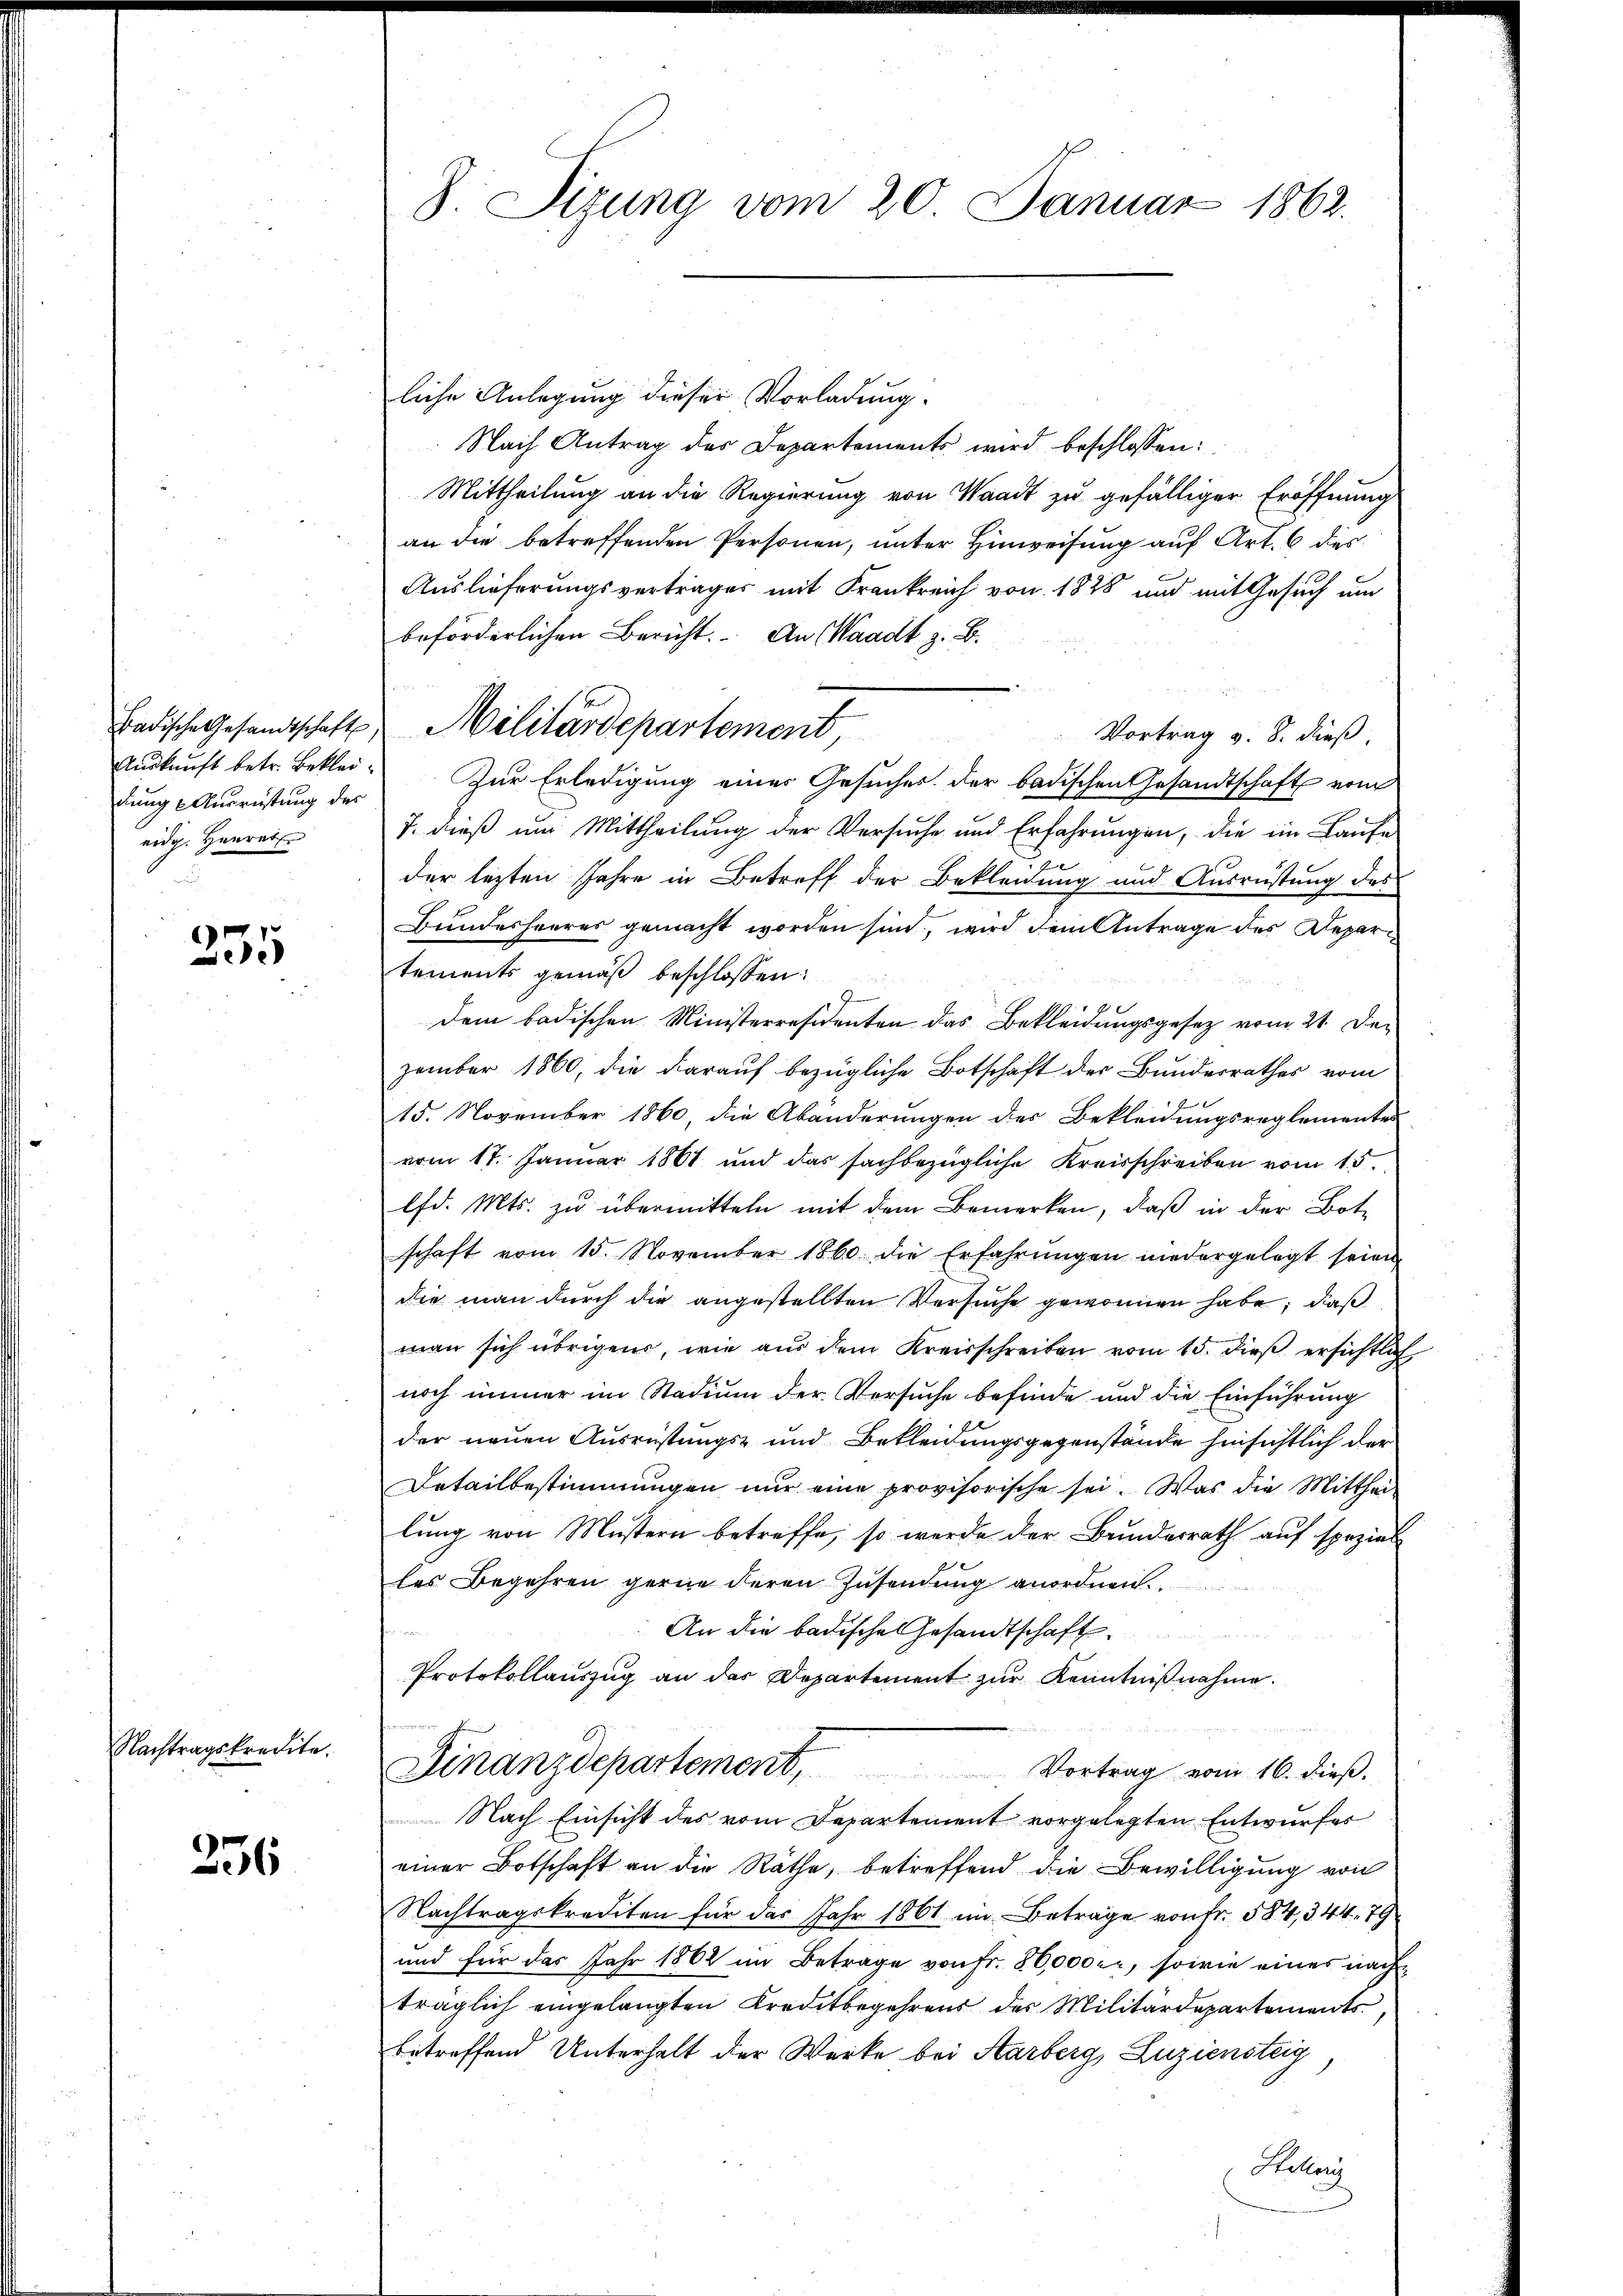
Badische Gesandtschaft.
dung Ausrüstung der
eidg. Heurat
.

355

Nachtragskredite.

356

8 Sizung vom 20. Januar 1862.

liche Anlegung dieser Vorladung.
Nach Antrag des Departements wird beschlossen:
Mittheilung an die Regierung von Waadt zu gefälliger Eröffnung
an die betreffenden Personen, unter Hinweisung auf Art. 6 des
Auslieferungsvertrages mit Frankreich von 1828 und mit Gesuch um
beförderlichen Bericht. An Waadt z. B.
Vortrag v. 8. dieß
Auskunft betr. Beklei. Zur Erledigung einer Gesuches der badischen Gesandtschaft vom
7. dieß um Mittheilung der Versuche und Erfahrungen, die im Laufe
s
der lezten Jahre in Betreff der Bekleidung und Ausrüstung des
Bundesheeres gemacht worden sind, wird dein Antrage des Depar
tements gemäß beschlossen:
dem badischen Ministerresidenten das Bekleidungsgesetz vom 21. Dezember 1860, die darauf bezügliche Botschaft der Bundesrathes vom
15. November 1860, die Abänderungen der Bekleidungsreglementes
vom 17. Januar 1861 und das sachbezügliche Kreisschreiben vom 15.
lfd. Mts. zu übermitteln mit dem Bemerken, daß in der Botschaft vom 15. November 1860 die Erfahrŭngen niedergelegt seien.
die man durch die angestellten Versuche gewonnen habe; daß
man sich übrigens, wie aŭs dem Kreisschreiben vom 15. dieβ ersichtlich
noch immer im Stadium der Versuche befinde und die Einführung
der neuen Ausrüstungs- und Bekleidungsgegenstände hinsichtlich der
Detailbestimmungen nur eine provisorische sei. Was die Mittheilung von Mustern betreffe, so werde der Bundesrath auf speziel
les Begehren gerne deren Zusendung anordnen.
An die badische Gesandtschaft.
Protokollauszug an das Departement zur Kenntnißnahme.
Finanzdepartement Vortrag vom 16. dieß.
Nach Einsicht des vom Departement vorgelegten Entwurfes
einer Botschaft an die Räthe, betreffend die Bewilligung von
Nachtragskrediten für das Jahr 1861 im Betrage von Fr. 584, 344. 79
und für das Jahr 1862 im Betrage von Fr. 80,000 er, sowie eines nachträglich eingelangten Kreditbegehrens des Militärdepartemente,
betreffend Unterhalt der Werke bei Aarberg, Luziensteig
Helen

Militärdepartement